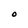
Character: O